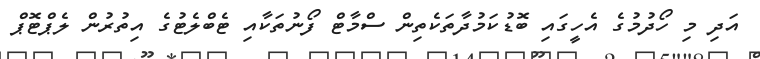
އަދި މި ހޯދުމުގެ އެހީގައި ބޮޑުކަމުދާތަކެތިން ސްމާޓް ފޯނުތަކާއި ޓެބްލެޓުގެ އިތުރުން ލެޕްޓޮޕް